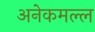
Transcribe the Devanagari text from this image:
अनेकमल्ल